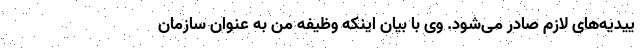
ییدیه‌های لازم صادر می‌شود. وی با بیان اینکه وظیفه من به عنوان سازمان